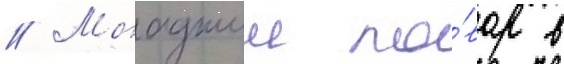
// Младшии по́вар в